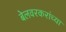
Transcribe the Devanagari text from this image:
बेलवरकरांच्या